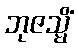
ဘုဇသ္မိံ